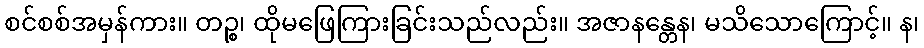
စင်စစ်အမှန်ကား။ တဉ္စ၊ ထိုမဖြေကြားခြင်းသည်လည်း။ အဇာနန္တေန၊ မသိသောကြောင့်။ န၊